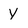
Character: y